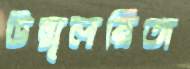
উন্মূলয়িতা